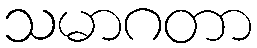
သမာဂတာ